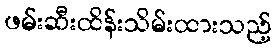
ဖမ်းဆီးထိန်းသိမ်းထားသည့်